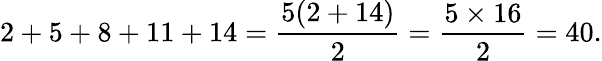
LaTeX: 2+5+8+11+14={\frac{5(2+14)}{2}}={\frac{5\times 16}{2}}=40.